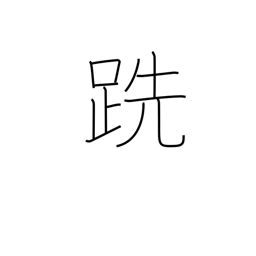
Meaning: barefooted